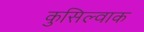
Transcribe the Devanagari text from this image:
कुसिल्वाक